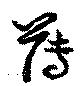
薄